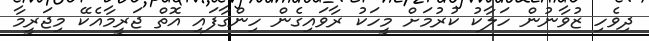
ދިވެހި ޒުވާނުން ހަލާކު ކުރުމަށް މީހަކު ރާވައިގެން ހިންގާފައި އޮތް ޖަރީމާއެކޭ މިޖަރީމާ